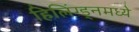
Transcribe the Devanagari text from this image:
हिलिंग्ड्नमध्ये